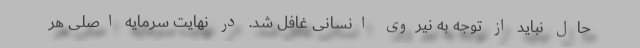
حال نباید از توجه به نیروی انسانی غافل شد. در نهایت سرمایه اصلی هر